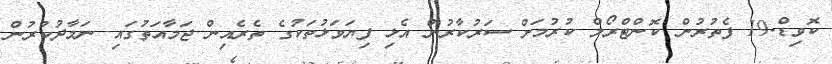
ކޮވިޑް-19 ފެތުރުން ކޮންޓްރޯލް ކުރުމަށް ސަރުކާރުން އެޅި ފިޔަވަޅުތަކުގެ ތެރެއިން ޖަމާއަތުގައި ނަމާދުކުރުން